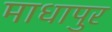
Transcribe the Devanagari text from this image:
माधापुर